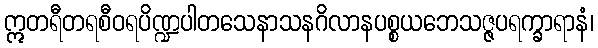
ဣတရီတရစီဝရပိဏ္ဍပါတသေနာသနဂိလာနပစ္စယဘေသဇ္ဇပရက္ခာရာနံ၊